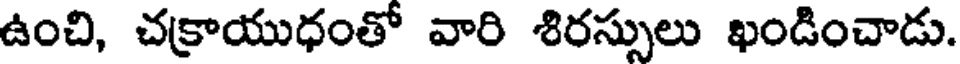
ఉంచి, చక్రాయుధంతో వారి శిరస్సులు ఖండించాడు.